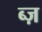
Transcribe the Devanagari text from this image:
ब्ज़